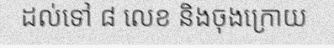
ដល់ទៅ ៨ លេខ និងចុងក្រោយ